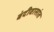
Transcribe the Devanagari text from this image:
बंदीवासांत